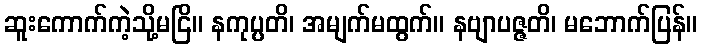
ဆူးကောက်ကဲ့သို့မငြိ။ နကုပ္ပတိ၊ အမျက်မထွက်။ နဗျာပဇ္ဇတိ၊ မဘောက်ပြန်။